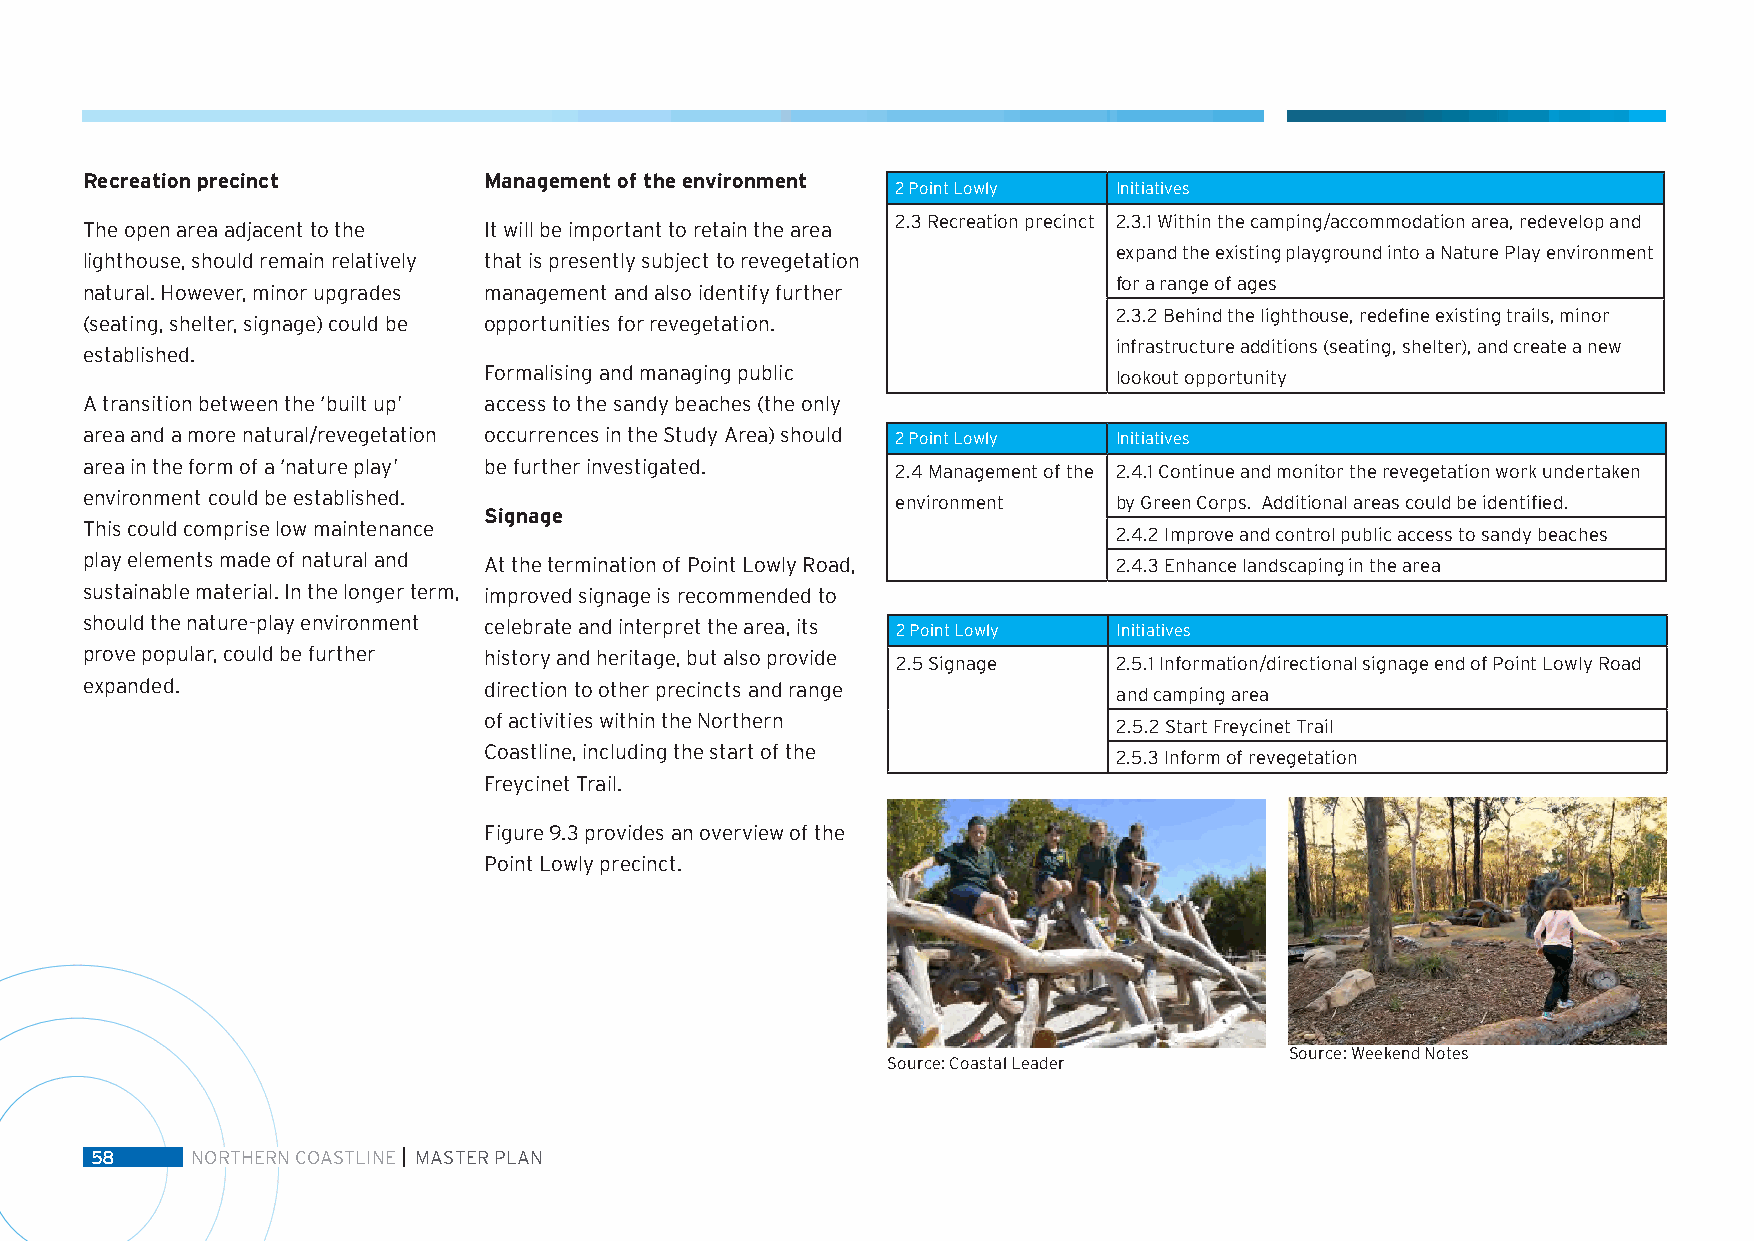
Recreation precinct        Management of the environment
 2 Point Lowly  Initiatives
 2.3 Recreation precinct 2.3.1 Within the camping/accommodation area, redevelop and
 The open area adjacent to the It will be important to retain the area
 expand the existing playground into a Nature Play environment
 lighthouse, should remain relatively that is presently subject to revegetation
 for a range of ages
 natural. However, minor upgrades management and also identify further
 2.3.2 Behind the lighthouse, redefine existing trails, minor
 (seating, shelter, signage) could be opportunities for revegetation.
 infrastructure additions (seating, shelter), and create a new
 established.
 Formalising and managing public           lookout opportunity
 A transition between the ‘built up’ access to the sandy beaches (the only
 area and a more natural/revegetation occurrences in the Study Area) should 2 Point Lowly Initiatives
 area in the form of a ‘nature play’ be further investigated. 2.4 Management of the 2.4.1 Continue and monitor the revegetation work undertaken
 environment could be established.                     environment    by Green Corps. Additional areas could be identified.
 Signage
 This could comprise low maintenance                                  2.4.2 Improve and control public access to sandy beaches
 play elements made of natural and At the termination of Point Lowly Road, 2.4.3 Enhance landscaping in the area
 sustainable material. In the longer term, improved signage is recommended to
 should the nature-play environment celebrate and interpret the area, its 2 Point Lowly Initiatives
 prove popular, could be further history and heritage, but also provide 2.5 Signage 2.5.1 Information/directional signage end of Point Lowly Road
 expanded.                  direction to other precincts and range    and camping area
 of activities within the Northern
 2.5.2 Start Freycinet Trail
 Coastline, including the start of the
 2.5.3 Inform of revegetation
 Freycinet Trail.
 Figure 9.3 provides an overview of the
 Point Lowly precinct.
 Source: Weekend Notes
 Source: Coastal Leader
 58     NORTHERN COASTLINE MASTER PLAN